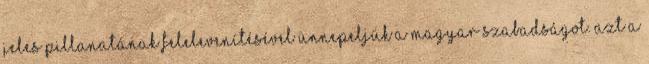
jeles pillanatának felelevenítésével ünnepeljük a magyar szabadságot. Azt a